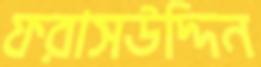
ফরাসউদ্দিন